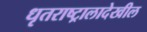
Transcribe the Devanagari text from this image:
धृतराष्ट्रालादेखील